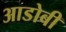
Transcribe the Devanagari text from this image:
आडोबी